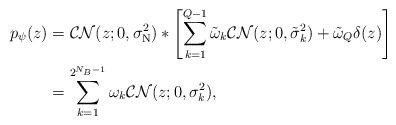
LaTeX: \begin{align*}p_\psi(z)&=\mathcal{CN}(z;0,\sigma_\mathrm{N}^2)*\left[\sum\limits_{k=1}^{Q-1}\tilde{\omega}_k\mathcal{CN}(z;0,\tilde{\sigma}_k^2)+\tilde{\omega}_Q\delta(z)\right]\\&=\sum\limits_{k=1}^{2^{N_B-1}}{\omega}_k\mathcal{CN}(z;0,\sigma_k^2),\end{align*}